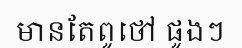
មានតែពូថៅ ផូងៗ